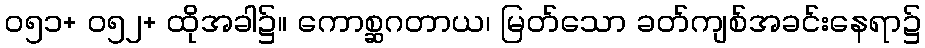
၀၅၁+ ၀၅၂+ ထိုအခါ၌။ ကောစ္ဆဂတာယ၊ မြတ်သော ခတ်ကျစ်အခင်းနေရာ၌